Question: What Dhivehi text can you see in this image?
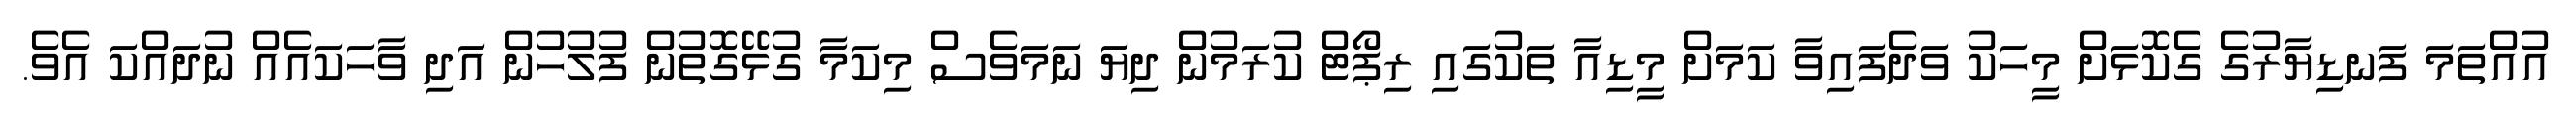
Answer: އުއްތަމަ ފަނޑިޔާރުގެ ގެކޮޅަށް މީހަކު ވަދެފައިވާ ކަމަށް މީޑިއާ ތަކުގައި ރިޕޯޓް ކުރަމުން ދިޔަ ނަމަވެސް މިކަމާ ގުޅޭގޮތުން ފުލުހުން އަދި ވާހަކައެއް ނުދައްކަ އެވެ.